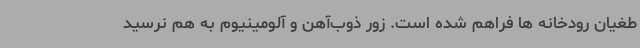
طغیان رودخانه ها فراهم شده است. زور ذوب‌آهن و آلومینیوم به هم نرسید